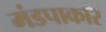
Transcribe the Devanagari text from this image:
मंडपाकार